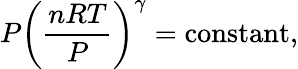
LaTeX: P\left({\frac{nRT}{P}}\right)^{\gamma}=\operatorname{constant},